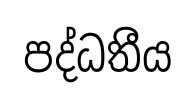
පද්ධතීය